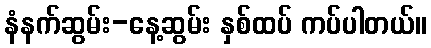
နံနက်ဆွမ်း-နေ့ဆွမ်း နှစ်ထပ် ကပ်ပါတယ်။